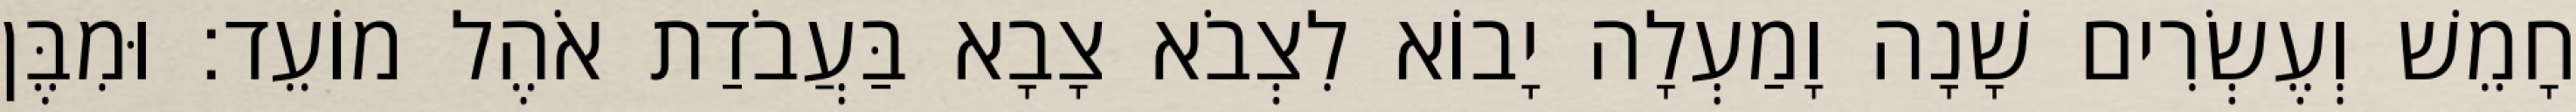
חָמֵשׁ וְעֶשְׂרִים שָׁנָה וָמַעְלָה יָבוֹא לִצְבֹא צָבָא בַּעֲבֹדַת אֹהֶל מוֹעֵד׃ וּמִבֶּן